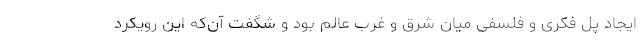
ایجاد پل فکری و فلسفی میان شرق و غرب عالم بود و شگفت آن‌که این رویکرد